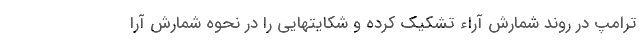
ترامپ در روند شمارش آراء تشکیک کرده و شکایتهایی را در نحوه شمارش آرا